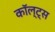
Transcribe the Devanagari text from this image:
कॉल्ट्स